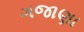
ગજાણા